Indian journal of veterinary science and animal husbandry - Volume 4,
Year: 1934
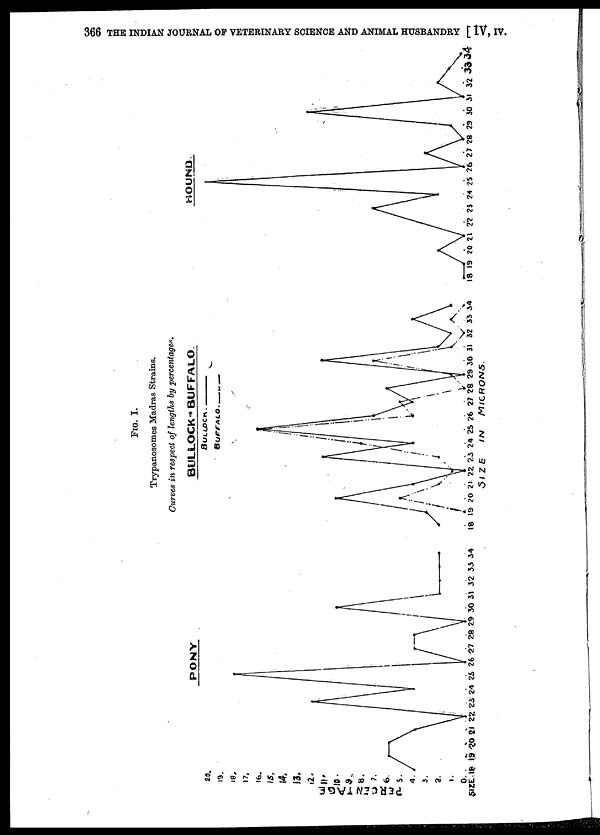
366 THE INDIAN JOURNAL OF VETERINARY SCIENCE AND ANIMAL HUSBANDRY [ IV, IV.
FIG. I.
Trypanosomes Madras Strains.
Curves in respect of lengths by percentages.